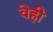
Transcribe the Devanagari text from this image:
वेही